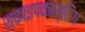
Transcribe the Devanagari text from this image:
स्काइपकास्टिंग